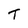
Character: t